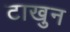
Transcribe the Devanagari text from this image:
टाखुन